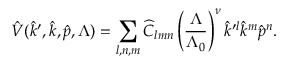
\hat { V } ( \hat { k } ^ { \prime } , \hat { k } , \hat { p } , \Lambda ) = \sum _ { l , n , m } \widehat C _ { l m n } \left( { \frac { \Lambda } { \Lambda _ { 0 } } } \right) ^ { \nu } \hat { k } ^ { \prime l } \hat { k } ^ { m } \hat { p } ^ { n } .